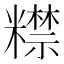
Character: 𥽍